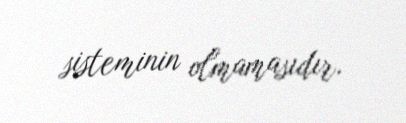
sisteminin olmamasıdır.